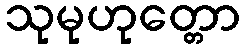
သုမုဟုတ္တော